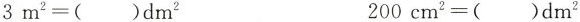
$$3 m ^ { 2 } =$$()dm^{2} $$2 0 0 c m ^ { 2 } =$$()dm^{2}